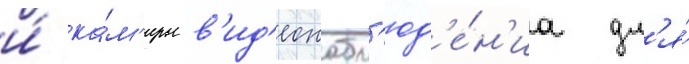
и́ ка́м'еры в'ид'еонабл'юд'е́н'иа дл'я́